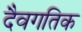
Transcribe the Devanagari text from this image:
दैवगतिक